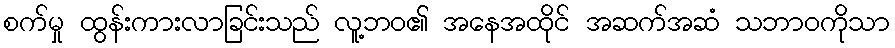
စက်မှု ထွန်းကားလာခြင်းသည် လူ့ဘဝ၏ အနေအထိုင် အဆက်အဆံ သဘာဝကိုသာ